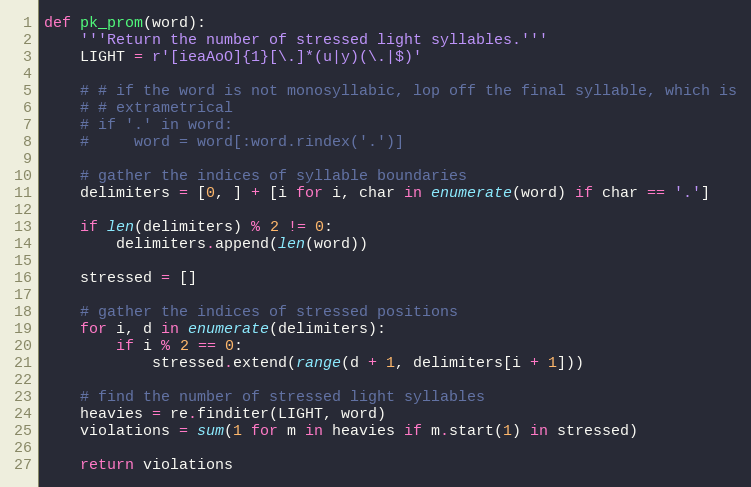
Language: Python
def pk_prom(word):
    '''Return the number of stressed light syllables.'''
    LIGHT = r'[ieaAoO]{1}[\.]*(u|y)(\.|$)'

    # # if the word is not monosyllabic, lop off the final syllable, which is
    # # extrametrical
    # if '.' in word:
    #     word = word[:word.rindex('.')]

    # gather the indices of syllable boundaries
    delimiters = [0, ] + [i for i, char in enumerate(word) if char == '.']

    if len(delimiters) % 2 != 0:
        delimiters.append(len(word))

    stressed = []

    # gather the indices of stressed positions
    for i, d in enumerate(delimiters):
        if i % 2 == 0:
            stressed.extend(range(d + 1, delimiters[i + 1]))

    # find the number of stressed light syllables
    heavies = re.finditer(LIGHT, word)
    violations = sum(1 for m in heavies if m.start(1) in stressed)

    return violations